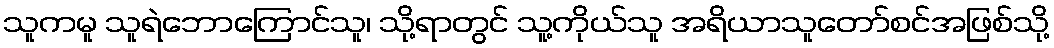
သူကမူ သူရဲဘောကြောင်သူ၊ သို့ရာတွင် သူ့ကိုယ်သူ အရိယာသူတော်စင်အဖြစ်သို့